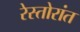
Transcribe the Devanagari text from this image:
रेस्तोरांत